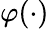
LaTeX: \varphi(\cdot)